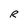
Character: R